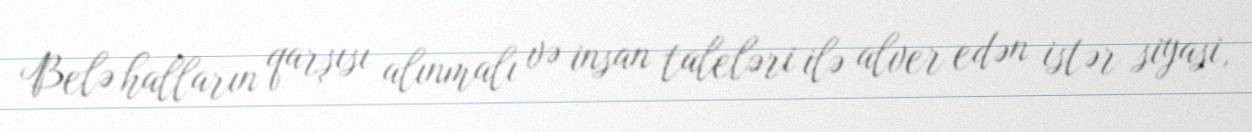
Belə halların qarşısı alınmalı və insan taleləri ilə alver edən istər siyasi,